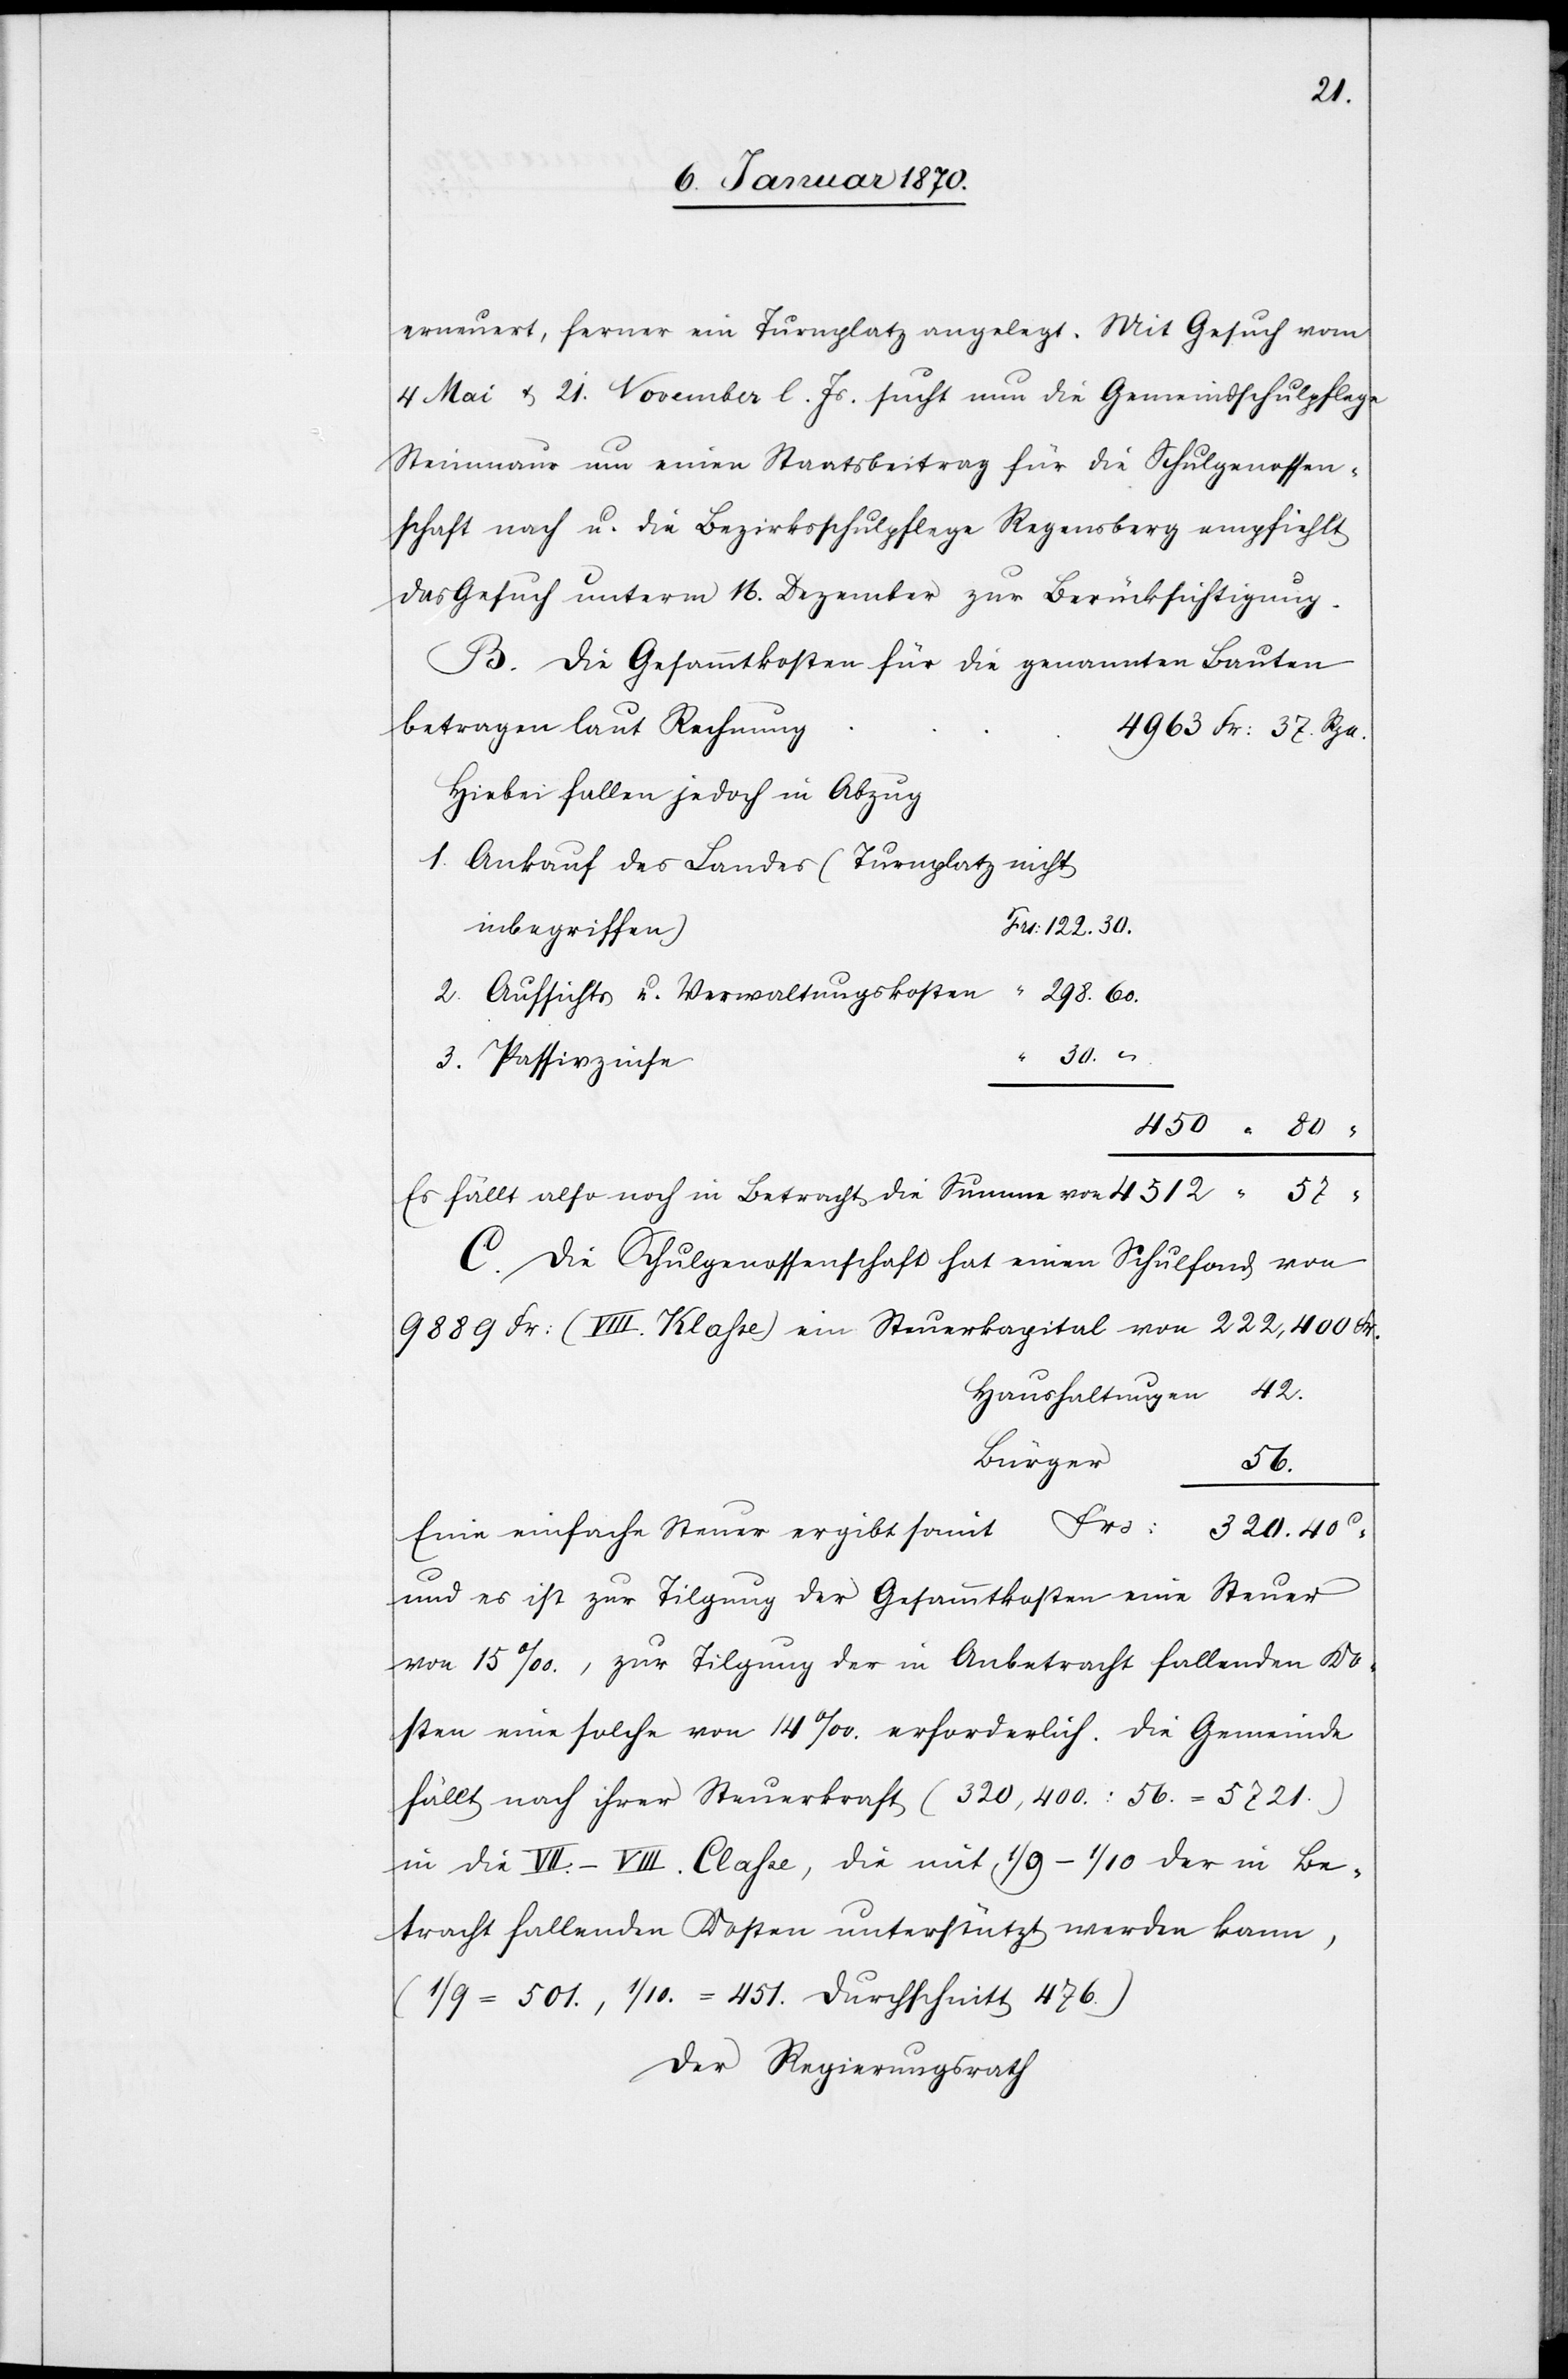
30.
erneuert, ferner ein Turnplatz angelegt. Mit Gesuch vom
4 Mai u. 21. November l. Js. sucht nun die Gemeindschulpflege
Steinmaur um einen Staatsbeitrag für die Schulgenossen¬
schaft nach u. die Bezirksschulpflege Regensberg empfiehlt
das Gesuch unterm 16. Dezember zur Berücksichtigung.
B. 	Die Gesammtkosten für die genannten Bauten
Hiebei fallen jedoch in Abzug
1. Ankauf des Landes (Turnplatz nicht
Frs: 122.30.
inbegriffen)
2. Aufsichts[-] u. Verwaltungskoste¬
298.60.
3.
450 “ 80 “
Es fällt also noch in Betracht die Summe von
C. Die Schulgenossenschaft hat einen Schulfond von
9989 Fr: (VIII. Klasse)[,] ein Steuerkapital von 222,400 Fr.
Haushaltungen	42.
Eine einfache Steuer ergibt somit	Frs: 320.40
und es ist zur Tilgung der Gesammtkosten eine Steuer
von 15‰, zur Tilgung der in Anbetracht fallenden Ko¬
sten eine solche von 14‰ erforderlich. Die Gemeinde
fällt nach ihrer Steuerkraft (320,400 : 56. = 5721.)
in die VII.–VIII. Classe, die mit 1/9–1/10 der in Be¬
tracht fallenden Kosten unterstützt werden kann,
(1/9 = 501., 1/10 = 451. Durchschnitt 476.)
Der Regierungsrath